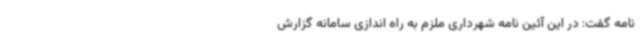
نامه گفت: در این آئین نامه شهرداری ملزم به راه اندازی سامانه گزارش